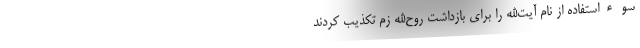
سوءِاستفاده از نام آیت‌الله را برای بازداشت روح‌الله زم تکذیب کردند